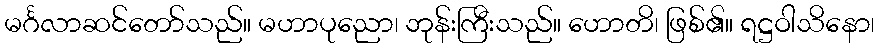
မင်္ဂလာဆင်တော်သည်။ မဟာပုညော၊ ဘုန်းကြီးသည်။ ဟောတိ၊ ဖြစ်၏။ ရဋ္ဌဝါသိနော၊